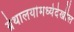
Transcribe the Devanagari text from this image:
ग्रंथालयांमध्येदेखील